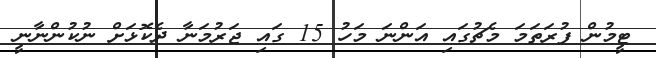
ޓީމުން ފުރަތަމަ މެޗުގައި އަންނަ މަހު 15 ގައި ޖަރުމަނާ ދެކޮޅަށް ނުކުންނާނީ